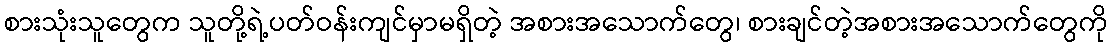
စားသုံးသူတွေက သူတို့ရဲ့ပတ်ဝန်းကျင်မှာမရှိတဲ့ အစားအသောက်တွေ၊ စားချင်တဲ့အစားအသောက်တွေကို